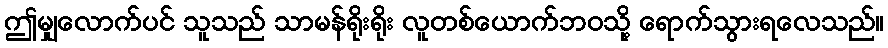
ဤမျှလောက်ပင် သူသည် သာမန်ရိုးရိုး လူတစ်ယောက်ဘဝသို့ ရောက်သွားရလေသည်။